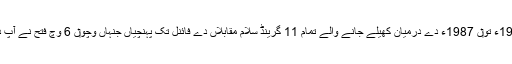
نیوراتیلووا 1985ء تو‏ں 1987ء دے درمیان کھیلے جانے والے تمام 11 گرینڈ سلام مقابلاں دے فائنل تک پہنچیاں جنہاں وچو‏ں 6 وچ فتح نے آپ دے قدم چومے۔